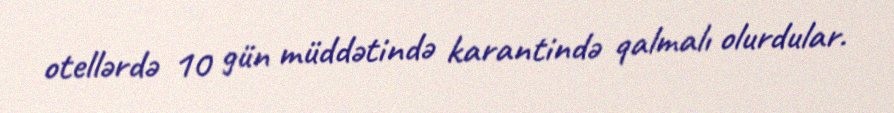
otellərdə 10 gün müddətində karantində qalmalı olurdular.